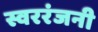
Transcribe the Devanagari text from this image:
स्वररंजनी